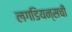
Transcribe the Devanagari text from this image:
लगडियन्सची